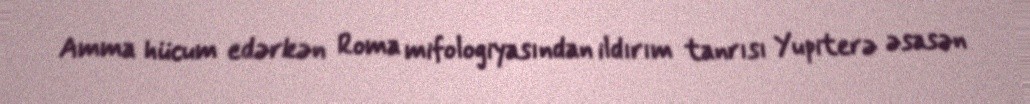
Amma hücum edərkən Roma mifologiyasından ildırım tanrısı Yupiterə əsasən